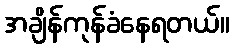
အချိန်ကုန်ခံနေရတယ်။